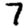
Digit: 7